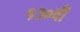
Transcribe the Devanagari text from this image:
१३०वी